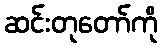
ဆင်းတုတော်ကို